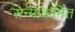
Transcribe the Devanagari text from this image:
सन्माकनित